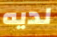
لديه